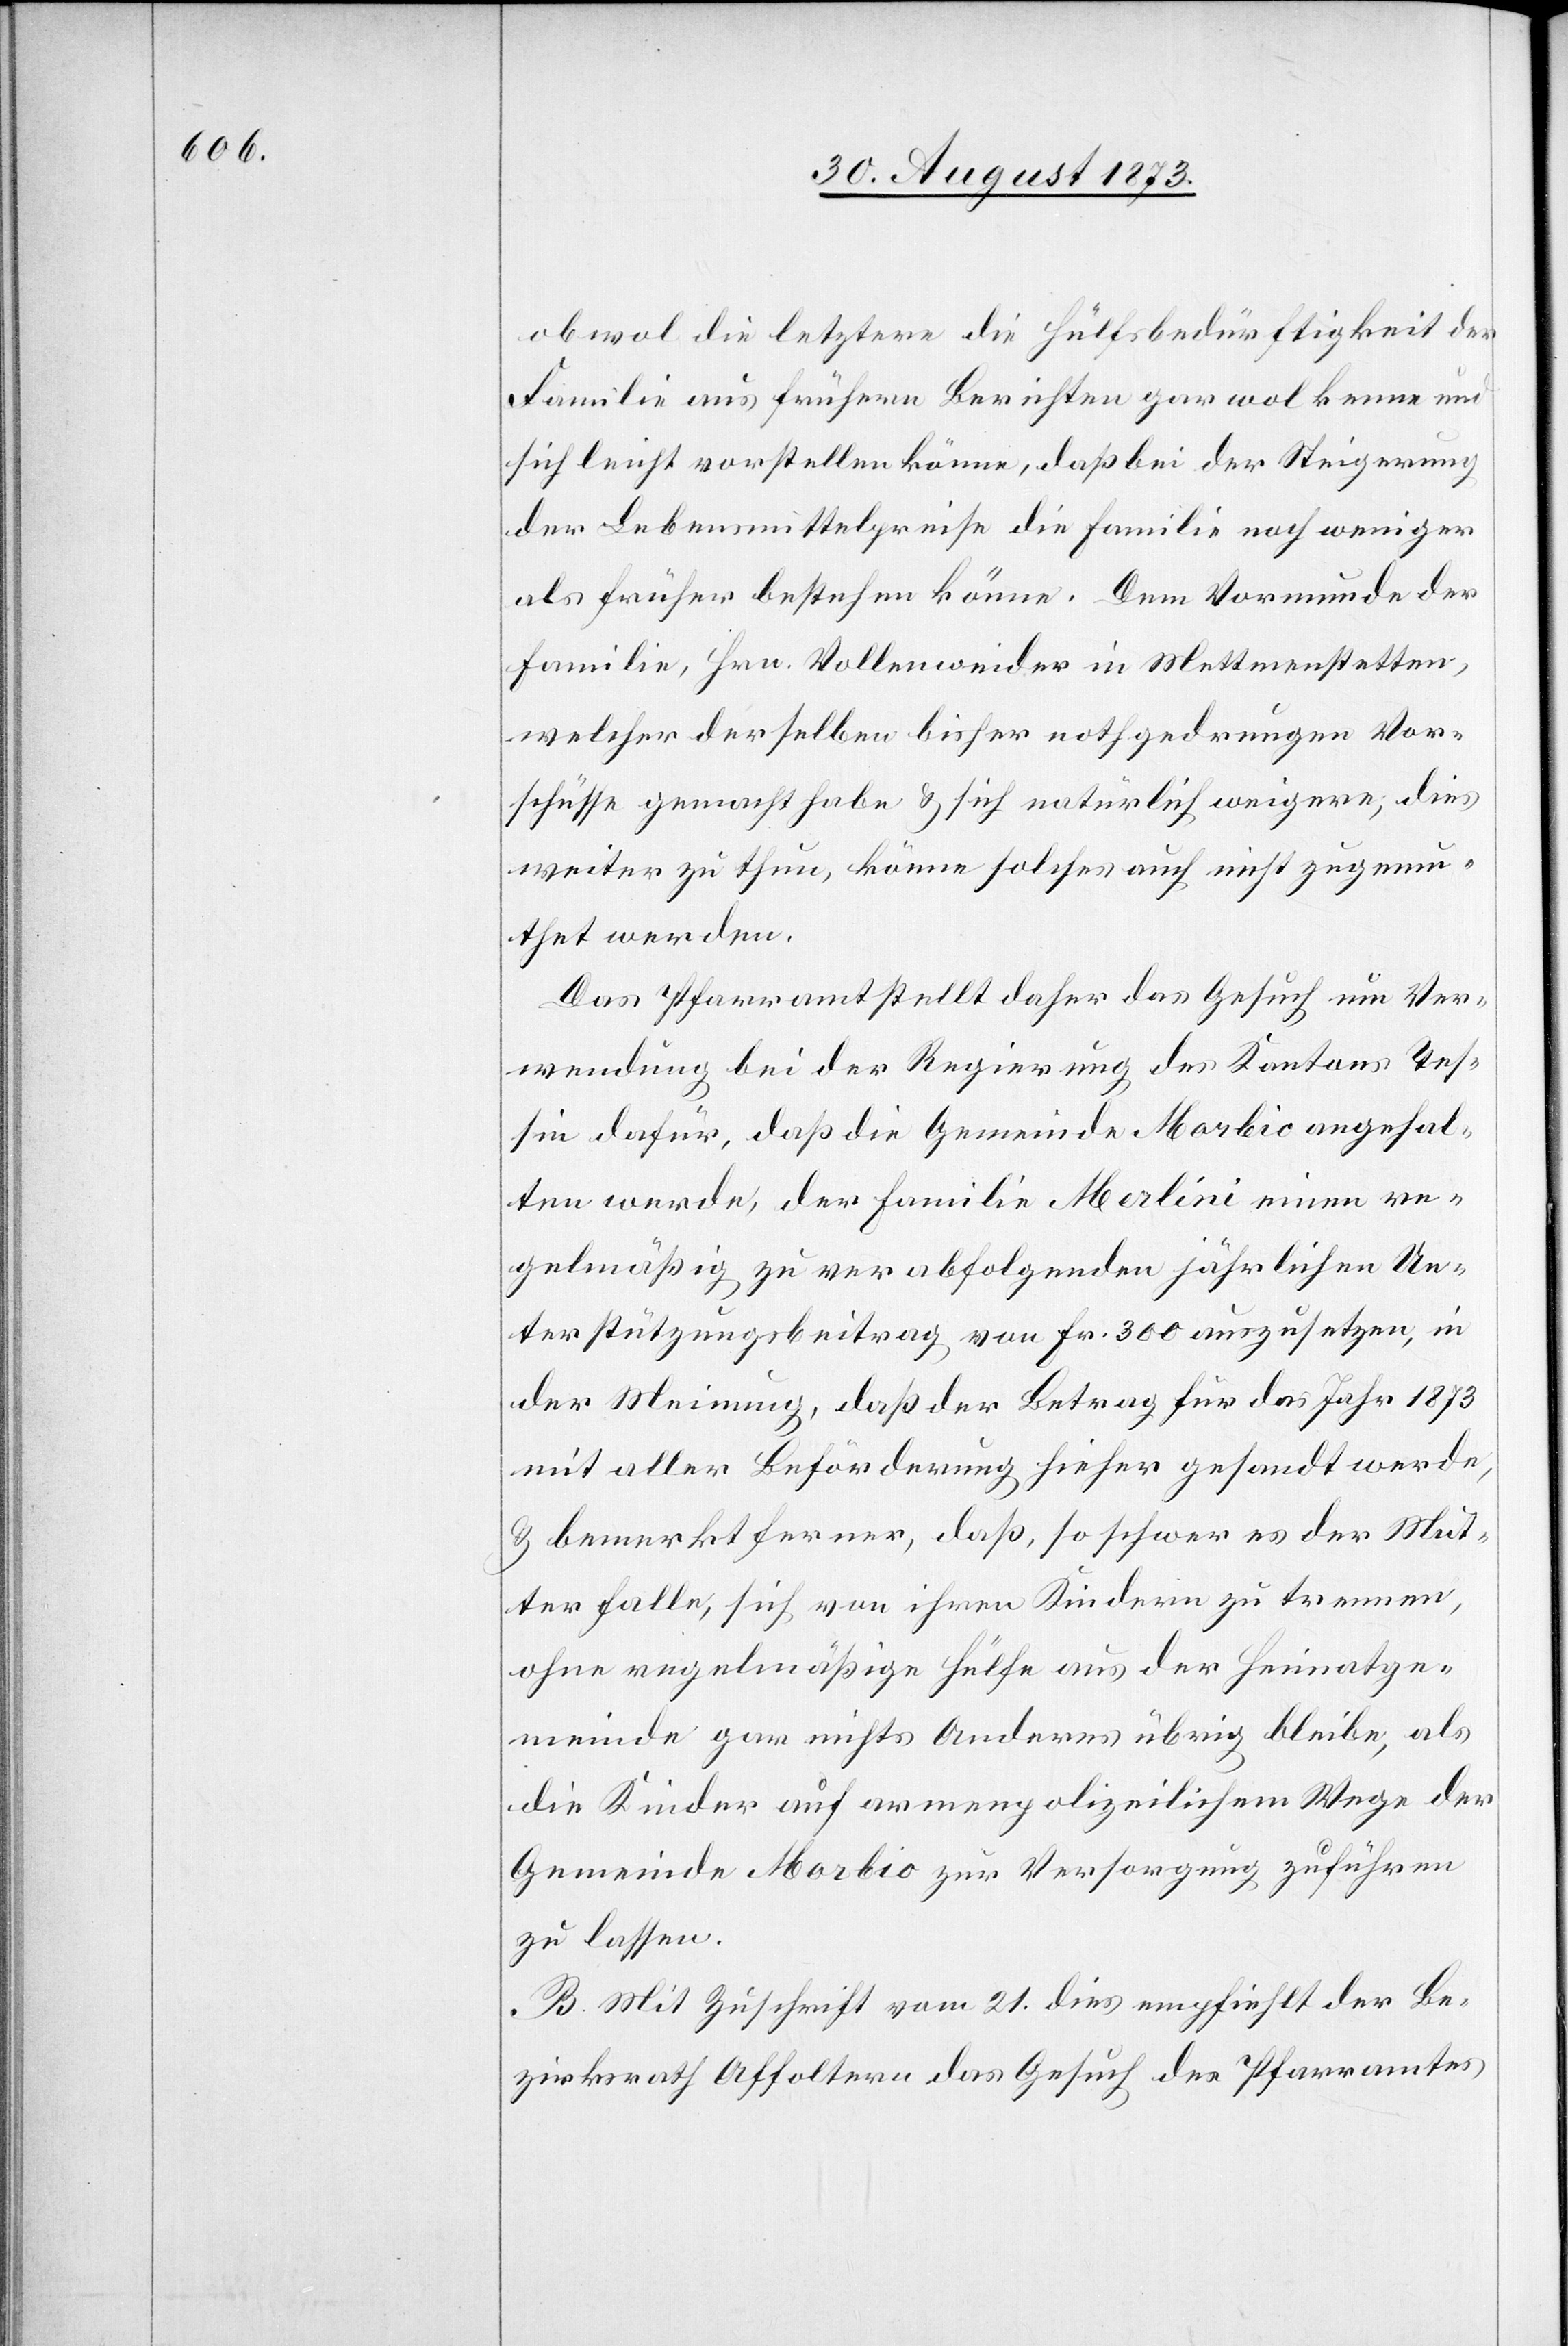
obwol die letztere die Hülfsbedürftigkeit der
Familie aus frühern Berichten gar wol kenne und
sich leicht vorstellen könne, daß bei der Steigerung
der Lebensmittelpreise die Familie noch weniger
als früher bestehen könne. Dem Vormunde der
Familie, Hrn. Vollenweider in Mettmenstetten,
welcher derselben bisher nothgedrungen Vor¬
schüsse gemacht habe & sich natürlich weigere, dies
weiter zu thun, könne solches auch nicht zugemu¬
thet werden.
Das Pfarramt stellt daher das Gesuch um Ver¬
wendung bei der Regierung des Kantons Tes¬
sin dafür, daß die Gemeinde Morbio angehal¬
ten werde, der Familie Merlini einen re¬
gelmäßig zu verabfolgenden jährlichen Un¬
terstützungsbeitrag von Fr. 300 auszusetzen, in
der Meinung, daß der Betrag für das Jahr 1873
mit aller Beförderung hieher gesandt werde,
& bemerkt ferner, daß, so schwer es der Mut¬
ter falle, sich von ihren Kindern zu trennen,
ohne regelmäßige Hülfe aus der Heimatge¬
meinde gar nichts Anderes übrig bleibe, als
die Kinder auf armenpolizeilichem Wege der
Gemeinde Morbio zur Versorgung zuführen
zu lassen.
B. Mit Zuschrift vom 21. dies empfiehlt der Be¬
zirksrath Affoltern das Gesuch des Pfarramtes